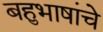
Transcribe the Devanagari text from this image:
बहुभाषांचे